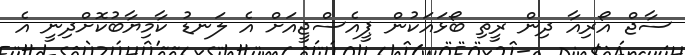
ސާޖް އޯރިއާ ދިން ރީތި ބޯޅައަކުން ޕީއެސްޖީއަށް އެ ލަނޑު ކާމިޔާބުކޮށްދިނީ އެ